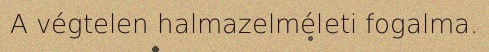
A végtelen halmazelméleti fogalma.